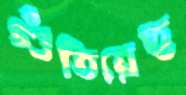
গুঁতিয়েছ